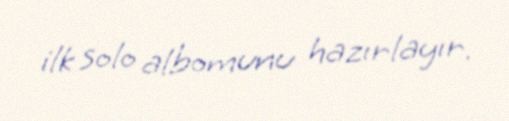
ilk solo albomunu hazırlayır.